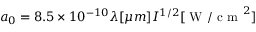
a _ { 0 } = 8 . 5 \times 1 0 ^ { - 1 0 } \lambda [ \mu m ] I ^ { 1 / 2 } [ \mathrm { ~ W ~ / ~ c ~ m ~ } ^ { 2 } ]